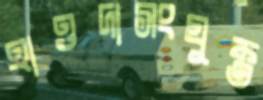
হাওদাসংযুক্ত